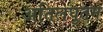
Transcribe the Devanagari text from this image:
अतिलघुतम